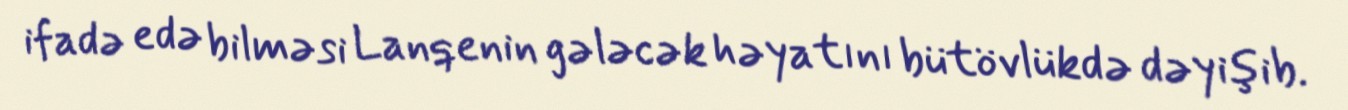
ifadə edə bilməsi Lanqenin gələcək həyatını bütövlükdə dəyişib.